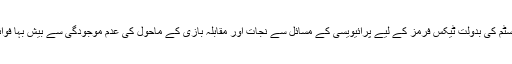
اس پیمنٹ سسٹم کی بدولت ٹیکس فرمز کے لیے پرائیویسی کے مسائل سے نجات اور مقابلہ بازی کے ماحول کی عدم موجودگی سے بیش بہا فوائد حقیقی ہیں۔